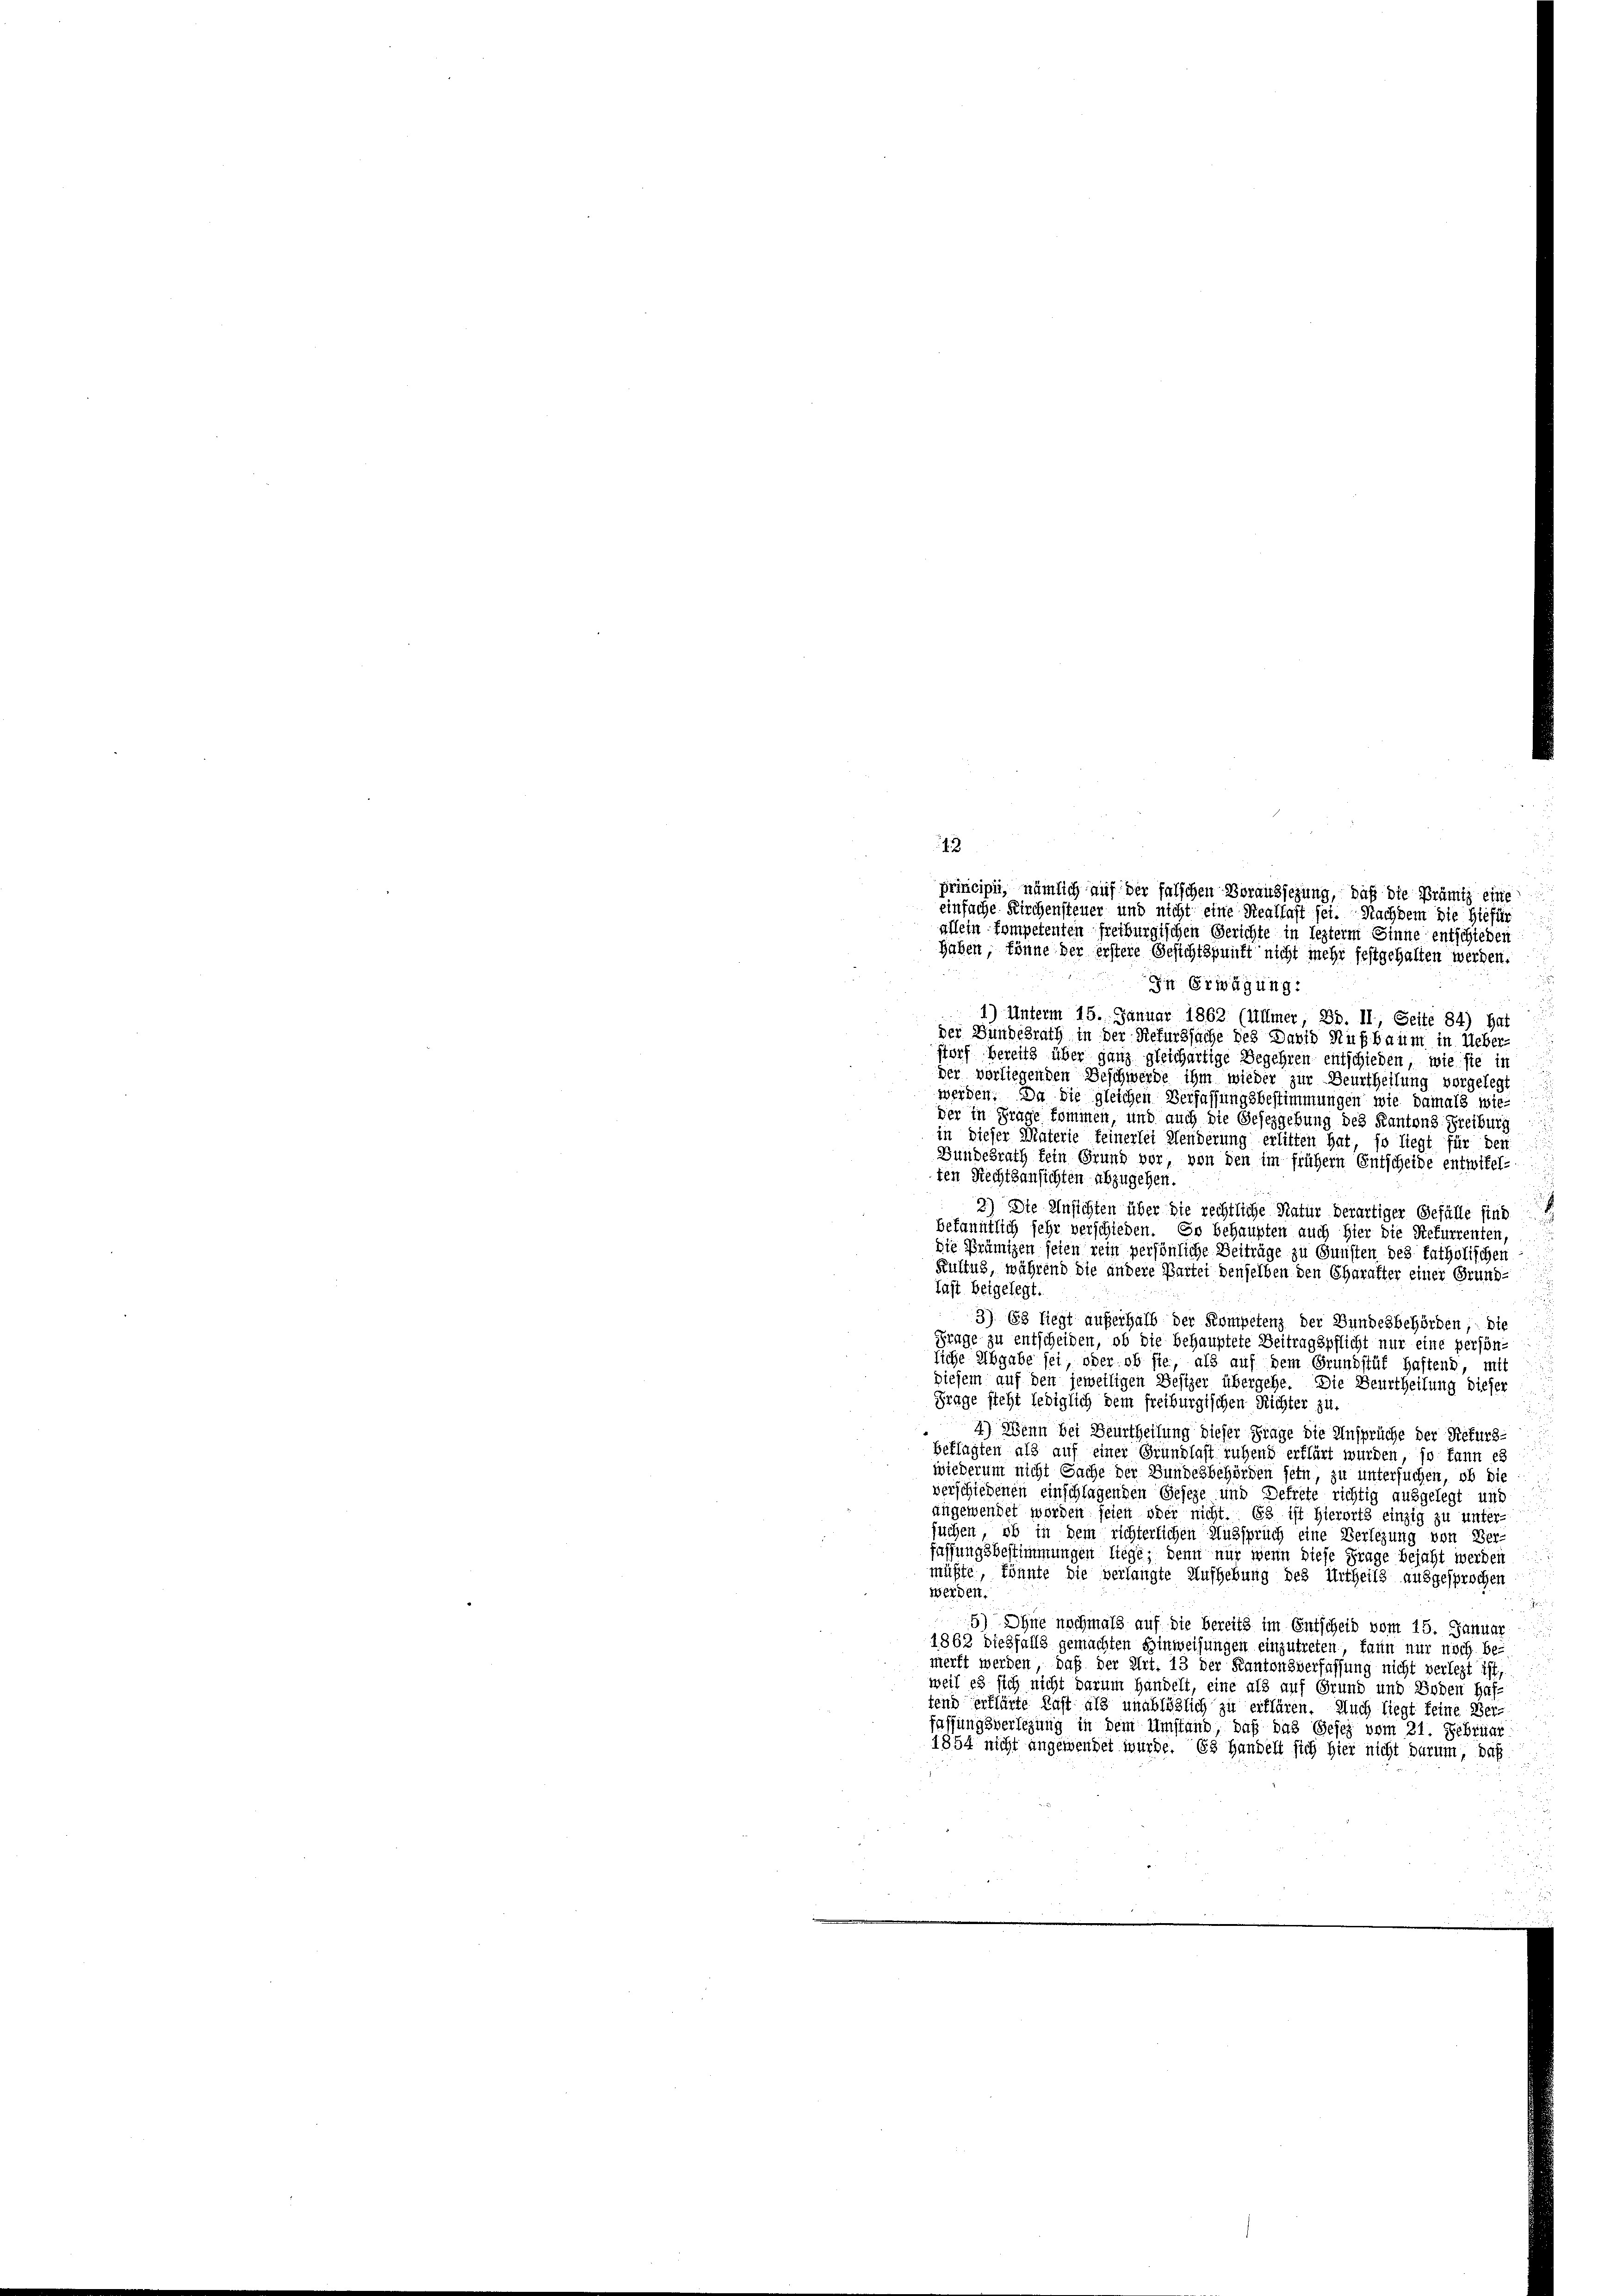
13

e
principii, nämlich auf der falschen Voraussezung, daß die Brämtz eine
einfache Kirchensteuer und nicht eine Reallast sei. Nachdem die Hiefür
u
allein kompetenten Freiburgischen Gerichte in lezterm Sinne entschieden
haben, könne der erstere Gesichtspunkt nicht mehr festgehalten werden.
n Erwägung:
1) Unterm 15. Januar 1862 (Ullmer, Bd. II, Seite 84) hat
der Bundesrath in der Rekurssache des David Hußbaum in Ueber-
storf bereits über ganz gleichartige Begehren entschieden, wie sie in
der vorliegenden Beschwerde ihm wieder zur Beurtheilung vorgelegt
.
werden. Da die gleichen Verfassungsbestimmungen wie damals wie-
der in Frage kommen, und auch die Gesezgebung des Kantons Freiburg
in dieser Materie feinerlei Henderung erlitten hat, so liegt für den
Bundesrath fein Grund vor, von den im früher Entscheide entwifel-
8
ten Rechtsansichten abzugehen.
2) Die Unsichten über die rechtliche Natur derartiger Gefälle sind
bekanntlich sehr verschieden. So behaupten auch hier die Refurrenten,
Die Prämigen seien rein persönliche Beiträge zu Gunsten des fatholischen
Kultus, während die andere Partei denselben den Charakter einer Grund-
Last beigelegt.
3) 188 fiegt auferhalb der Kompetenz der Bundesbehörden; die
Frage zu entscheiden, ob die behauptete Beitragspflicht nur eine persön-
liche Abgabe sei, oder ob sie, als auf dem Grundstüf haftend, mit
diesem auf den jeweiligen Besizer übergehe. Die Beurtheilung dieser
Frage steht lediglich dem freiburgischen Richter zu.

4) Wenn bei Beurtheilung dieser Frage die Ansprüche der Refurs-
beklagten als auf einer Grundlast ruhend erklärt wurden, so kann es
wiederum nicht Sache der Bundesbehörden fein, zu untersuchen, ob die
verschiedenen einschlagenden Geseze und Dekrete richtig ausgelegt und
angewendet worden seien oder nicht. Es ist hierorts einzig zu unter-
suchen, ob in dem richterlichen Ausspruch eine Verlegung von Ver-
fassungsbestimmungen liege, denn nur wenn diese Frage bejaht werden
müßte, könnte die verlangte Aufhebung des Urtheils ausgesprochen
werden.

5) Ohne nochmals auf die bereits im Entscheid vom 15. Januar
1862 dießfalls gemachten Hinweisungen einzutreten fann nur noch be-
merft werden, daß der Art. 13 der Kantonsverfassung nicht verlegt ist,
weil es sich nicht darum handelt, eine als auf Grund und Boden Haf-
tend erklärte Last als unablöslich zu erklären. Auch liegt feine Ver-
fassungsverlegung in dem Umstand, daß das Gesez vom 21. Februar
1854 nicht angewendet wurde. Es handelt sich hier nicht darum, daß